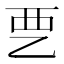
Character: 𰀽